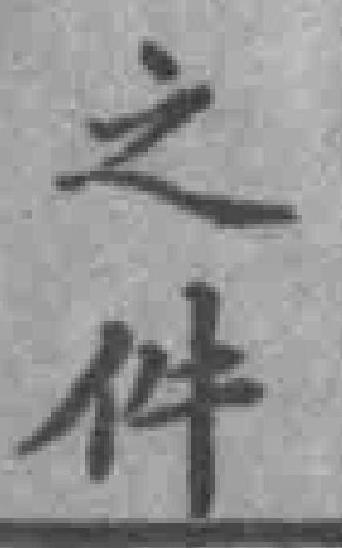
之件